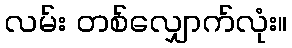
လမ်း တစ်လျှောက်လုံး။